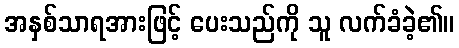
အနှစ်သာရအားဖြင့် ပေးသည်ကို သူ လက်ခံခဲ့၏။